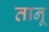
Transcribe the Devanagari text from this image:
तानू